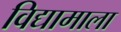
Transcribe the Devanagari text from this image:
विद्यामाला